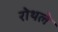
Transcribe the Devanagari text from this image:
रोथले